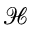
\mathcal { H }